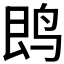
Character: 𱉝